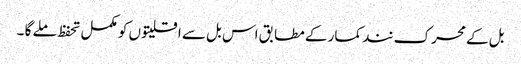
بل کے محرک نند کمار کے مطابق اس بل سے اقلیتوں کو مکمل تحفظ ملے گا ۔